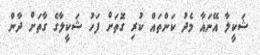
ޝަކީލާ އޭނައާ މެދު ކަންތައް ކުރި ގޮތަށް ފަހު ޝަކީލާގެ ގާތަށް ދާން